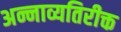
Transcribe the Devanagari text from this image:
अन्नाव्यतिरीक्त